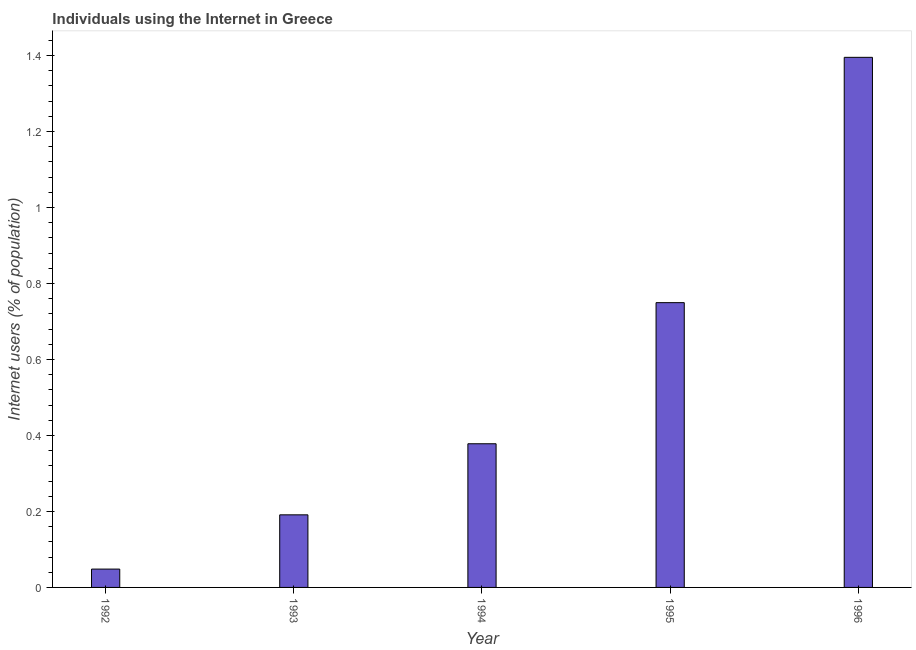
| Year | Internet users |
 | --- | --- |
 | 1992 | 0.0483 |
 | 1993 | 0.191 |
 | 1994 | 0.378 |
 | 1995 | 0.75 |
 | 1996 | 1.4 |